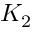
K _ { 2 }